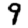
Digit: 9